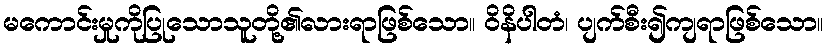
မကောင်းမှုကိုပြုသောသူတို့၏လားရာဖြစ်သော။ ဝိနိပါတံ၊ ပျက်စီး၍ကျရာဖြစ်သော။